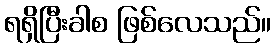
ရရှိပြီးခါစ ဖြစ်လေသည်။